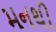
મનથી